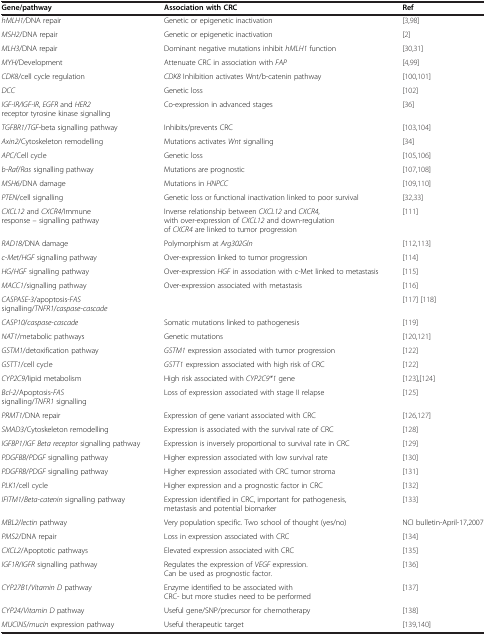
<table><thead><tr><td><b>Gene/pathway</b></td><td><b>Association with CRC</b></td><td><b>Ref</b></td></tr></thead><tbody><tr><td><i>hMLH1/</i>DNA repair</td><td>Genetic or epigenetic inactivation</td><td>[3,98]</td></tr><tr><td><i>MSH2</i>/DNA repair</td><td>Genetic or epigenetic inactivation</td><td>[2]</td></tr><tr><td><i>MLH3</i>/DNA repair</td><td>Dominant negative mutations inhibit <i>hMLH1</i> function</td><td>[30,31]</td></tr><tr><td><i>MYH</i>/Development</td><td>Attenuate CRC in association with <i>FAP</i></td><td>[4,99]</td></tr><tr><td><i>CDK8</i>/cell cycle regulation</td><td><i>CDK8</i> Inhibition activates Wnt/b-catenin pathway</td><td>[100,101]</td></tr><tr><td><i>DCC</i></td><td>Genetic loss</td><td>[102]</td></tr><tr><td><i>IGF-IR/IGF-IR</i>, <i>EGFR</i> and <i>HER2</i> receptor tyrosine kinase signalling</td><td>Co-expression in advanced stages</td><td>[36]</td></tr><tr><td><i>TGFBR1</i>/<i>TGF</i>-beta signalling pathway</td><td>Inhibits/prevents CRC</td><td>[103,104]</td></tr><tr><td><i>Axin2</i>/Cytoskeleton remodelling</td><td>Mutations activates <i>Wnt</i> signalling</td><td>[34]</td></tr><tr><td><i>APC</i>/Cell cycle</td><td>Genetic loss</td><td>[105,106]</td></tr><tr><td><i>b-Raf</i>/<i>Ras</i> signalling pathway</td><td>Mutations are prognostic</td><td>[107,108]</td></tr><tr><td><i>MSH6</i>/DNA damage</td><td>Mutations in <i>HNPCC</i></td><td>[109,110]</td></tr><tr><td><i>PTEN</i>/cell signalling</td><td>Genetic loss or functional inactivation linked to poor survival</td><td>[32,33]</td></tr><tr><td><i>CXCL12</i> and <i>CXCR4</i>/Immune response – signalling pathway</td><td>Inverse relationship between <i>CXCL12</i> and <i>CXCR4</i>, with over-expression of <i>CXCL12</i> and down-regulation of <i>CXCR4</i> are linked to tumor progression</td><td>[111]</td></tr><tr><td><i>RAD18</i>/DNA damage</td><td>Polymorphism at <i>Arg302Gln</i></td><td>[112,113]</td></tr><tr><td><i>c-Met</i>/<i>HGF</i> signalling pathway</td><td>Over-expression linked to tumor progression</td><td>[114]</td></tr><tr><td><i>HG</i>/<i>HGF</i> signalling pathway</td><td>Over-expression <i>HGF</i> in association with c-Met linked to metastasis</td><td>[115]</td></tr><tr><td><i>MACC1</i>/signalling pathway</td><td>Over-expression associated with metastasis</td><td>[116]</td></tr><tr><td><i>CASPASE-3</i>/apoptosis-<i>FAS</i> signalling/<i>TNFR1</i>/<i>caspase-cascade</i></td><td> </td><td>[117][118]</td></tr><tr><td><i>CASP10</i>/<i>caspase-cascade</i></td><td>Somatic mutations linked to pathogenesis</td><td>[119]</td></tr><tr><td><i>NAT1</i>/metabolic pathways</td><td>Genetic mutations</td><td>[120,121]</td></tr><tr><td><i>GSTM1</i>/detoxification pathway</td><td><i>GSTM1</i> expression associated with tumor progression</td><td>[122]</td></tr><tr><td><i>GSTT1</i>/cell cycle</td><td><i>GSTT1</i> expression associated with high risk of CRC</td><td>[122]</td></tr><tr><td><i>CYP2C9</i>/lipid metabolism</td><td>High risk associated with <i>CYP2C9*1</i> gene</td><td>[123],[124]</td></tr><tr><td><i>Bcl-2</i>/Apoptosis-<i>FAS</i> signalling/<i>TNFR1</i> signalling</td><td>Loss of expression associated with stage II relapse</td><td>[125]</td></tr><tr><td><i>PRMT1</i>/DNA repair</td><td>Expression of gene variant associated with CRC</td><td>[126,127]</td></tr><tr><td><i>SMAD3</i>/Cytoskeleton remodelling</td><td>Expression is associated with the survival rate of CRC</td><td>[128]</td></tr><tr><td><i>IGFBP1</i>/<i>IGF Beta receptor</i> signalling pathway</td><td>Expression is inversely proportional to survival rate in CRC</td><td>[129]</td></tr><tr><td><i>PDGFBB</i>/<i>PDGF</i> signalling pathway</td><td>Higher expression associated with low survival rate</td><td>[130]</td></tr><tr><td><i>PDGFRB</i>/<i>PDGF</i> signalling pathway</td><td>Higher expression associated with CRC tumor stroma</td><td>[131]</td></tr><tr><td><i>PLK1</i>/cell cycle</td><td>Higher expression and a prognostic factor in CRC</td><td>[132]</td></tr><tr><td><i>IFITM1</i>/<i>Beta-catenin</i> signalling pathway</td><td>Expression identified in CRC, important for pathogenesis, metastasis and potential biomarker</td><td>[133]</td></tr><tr><td><i>MBL2</i>/<i>lectin</i> pathway</td><td>Very population specific. Two school of thought (yes/no)</td><td>NCI bulletin-April-17,2007</td></tr><tr><td><i>PMS2</i>/DNA repair</td><td>Loss in expression associated with CRC</td><td>[134]</td></tr><tr><td><i>CXCL2</i>/Apoptotic pathways</td><td>Elevated expression associated with CRC</td><td>[135]</td></tr><tr><td><i>IGF1R</i>/<i>IGFR</i> signalling pathway</td><td>Regulates the expression of <i>VEGF</i> expression. Can be used as prognostic factor.</td><td>[136]</td></tr><tr><td><i>CYP27B1</i>/<i>Vitamin D</i> pathway</td><td>Enzyme identified to be associated with CRC- but more studies need to be performed</td><td>[137]</td></tr><tr><td><i>CYP24</i>/<i>Vitamin D</i> pathway</td><td>Useful gene/SNP/precursor for chemotherapy</td><td>[138]</td></tr><tr><td><i>MUCINS</i>/<i>mucin</i> expression pathway</td><td>Useful therapeutic target</td><td>[139,140]</td></tr></tbody></table>